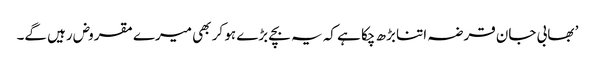
’ بھابی جان قرضہ اتنا بڑھ چکا ہے کہ یہ بچے بڑے ہو کر بھی میرے مقروض رہیں گے۔